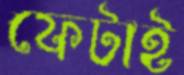
ফেটাই